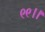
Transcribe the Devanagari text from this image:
९९।।